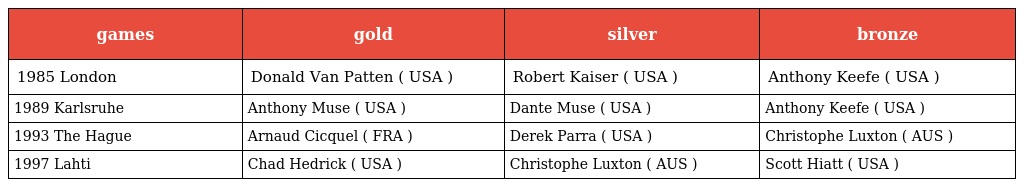
| games | gold | silver | bronze |
 | --- | --- | --- | --- |
 | 1985 London | Donald Van Patten ( USA ) | Robert Kaiser ( USA ) | Anthony Keefe ( USA ) |
 | 1989 Karlsruhe | Anthony Muse ( USA ) | Dante Muse ( USA ) | Anthony Keefe ( USA ) |
 | 1993 The Hague | Arnaud Cicquel ( FRA ) | Derek Parra ( USA ) | Christophe Luxton ( AUS ) |
 | 1997 Lahti | Chad Hedrick ( USA ) | Christophe Luxton ( AUS ) | Scott Hiatt ( USA ) |